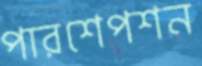
পারশেপশন